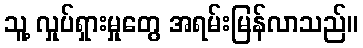
သူ့ လှုပ်ရှားမှုတွေ အရမ်းမြန်လာသည်။